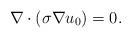
LaTeX: \begin{align*}\nabla\cdot(\sigma\nabla u_0)=0.\end{align*}